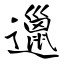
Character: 邋